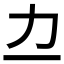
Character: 𫦤